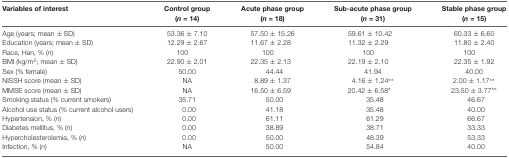
<table><thead><tr><td><b>Variables of interest</b></td><td><b>Control group (<i>n</i> = 14)</b></td><td><b>Acute phase group (<i>n</i> = 18)</b></td><td><b>Sub-acute phase group (<i>n</i> = 31)</b></td><td><b>Stable phase group (<i>n</i> = 15)</b></td></tr></thead><tbody><tr><td>Age (years; mean ± SD)</td><td>53.36 ± 7.10</td><td>57.50 ± 15.26</td><td>59.61 ± 10.42</td><td>60.33 ± 6.60</td></tr><tr><td>Education (years; mean ± SD)</td><td>12.29 ± 2.67</td><td>11.67 ± 2.28</td><td>11.32 ± 2.29</td><td>11.80 ± 2.40</td></tr><tr><td>Race, Han, % (<i>n</i>)</td><td>100</td><td>100</td><td>100</td><td>100</td></tr><tr><td>BMI (kg/m<sup>2</sup>; mean ± SD)</td><td>22.90 ± 2.01</td><td>22.35 ± 2.13</td><td>22.19 ± 2.10</td><td>22.35 ± 1.92</td></tr><tr><td>Sex (% female)</td><td>50.00</td><td>44.44</td><td>41.94</td><td>40.00</td></tr><tr><td>NISSH score (mean ± SD)</td><td>NA</td><td>8.89 ± 1.37</td><td>4.16 ± 1.24**</td><td>2.00 ± 1.17**</td></tr><tr><td>MMSE score (mean ± SD)</td><td>NA</td><td>16.50 ± 6.59</td><td>20.42 ± 6.58*</td><td>23.50 ± 3.77**</td></tr><tr><td>Smoking status (% current smokers)</td><td>35.71</td><td>50.00</td><td>35.48</td><td>46.67</td></tr><tr><td>Alcohol use status (% current alcohol users)</td><td>0.00</td><td>41.18</td><td>35.48</td><td>40.00</td></tr><tr><td>Hypertension, % (<i>n</i>)</td><td>0.00</td><td>61.11</td><td>61.29</td><td>66.67</td></tr><tr><td>Diabetes mellitus, % (<i>n</i>)</td><td>0.00</td><td>38.89</td><td>38.71</td><td>33.33</td></tr><tr><td>Hypercholesterolemia, % (<i>n</i>)</td><td>0.00</td><td>50.00</td><td>48.39</td><td>53.33</td></tr><tr><td>Infection, % (<i>n</i>)</td><td>NA</td><td>50.00</td><td>54.84</td><td>40.00</td></tr></tbody></table>